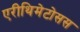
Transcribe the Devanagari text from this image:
एरीथिमेटोसस